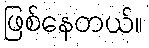
ဖြစ်နေတယ်။